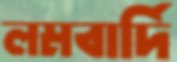
লমবার্দি